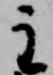
主